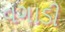
વગાડી